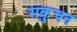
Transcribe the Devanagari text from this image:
सकुचन